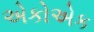
એકોએક